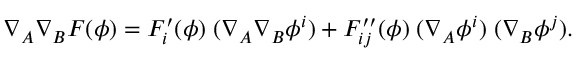
\nabla _ { A } \nabla _ { B } F ( \phi ) = F _ { i } ^ { \prime } ( \phi ) \; ( \nabla _ { A } \nabla _ { B } \phi ^ { i } ) + F _ { i j } ^ { \prime \prime } ( \phi ) \; ( \nabla _ { A } \phi ^ { i } ) \; ( \nabla _ { B } \phi ^ { j } ) .